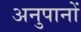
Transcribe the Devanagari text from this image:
अनुपानों